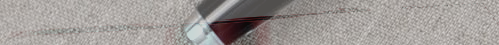
مركز لغتي: دروس خصوصية في